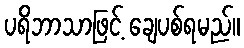
ပရိဘာသာဖြင့် ချေပစ်ရမည်။